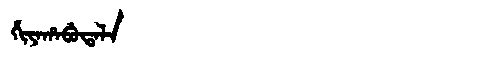
Manchu: ᡥᡳᠶᠠᡥᠠᠪᡠᡨᠠᠯᠠ
Romanization: HIYAHABUTALA